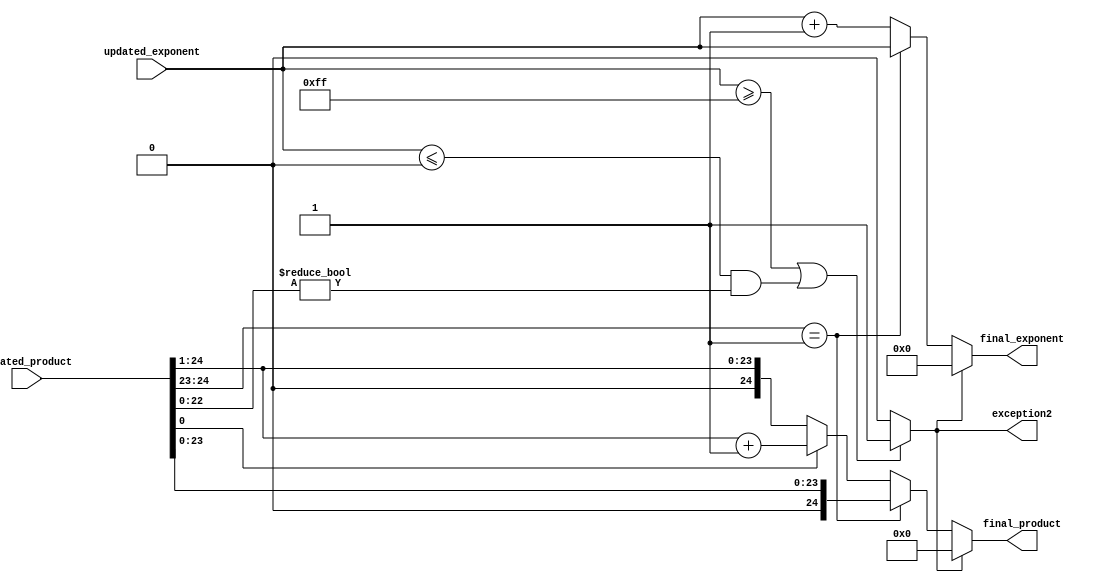
module c_normalize2(updated_product,updated_exponent,final_product,final_exponent,exception2);

input [24:0] updated_product;
input [8:0] updated_exponent;

output reg [8:0] final_exponent;
output reg [24:0] final_product;


output reg exception2;
//reg exception2;

reg [23:0]new_sum_temp;



always@(*)
begin
	if((updated_exponent>=8'b11111111) || ((updated_exponent<=8'b00000000) && (updated_product[22:0]!=23'b0)))
	exception2 = 1'b1;
	else
	exception2 = 1'b0;

end

always@(*)
begin

	if(exception2 == 1'b0)
	begin
		
		if(updated_product[24:23] == 2'b01)   //if(sum[24:23] == 2'b00 || sum[24:23] == 2'b01)
		begin
			final_product = {1'b0,updated_product[23:0]};
			final_exponent = updated_exponent;
		end
		else
	 	begin
			if(updated_product[0] == 1'b0)
			begin
			final_product = {1'b0,updated_product[24:1]};
			final_exponent = updated_exponent +1'b1;
			
			end	
			else if(updated_product[0] == 1'b1)
			begin
			new_sum_temp = updated_product[24:1];
			final_product= new_sum_temp + 1'b1;
			final_exponent = updated_exponent +1'b1;
			
			end
			else
			begin
			
			final_product = 25'b0;
			final_exponent = 8'b0;
			end
		end
	end
	else
	begin
			final_product = 25'b0;
			final_exponent = 8'b0;
		end
	
end



endmodule